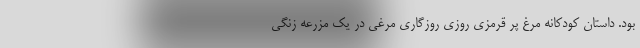
بود. داستان کودکانه مرغ پر قرمزی روزی روزگاری مرغی در یک مزرعه زنگی